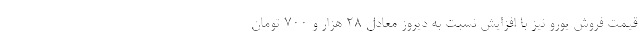
قیمت فروش یورو نیز با افزایش نسبت به دیروز معادل 28 هزار و 700 تومان